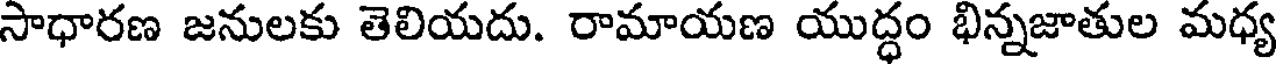
సాధారణ జనులకు తెలియదు. రామాయణ యుద్ధం భిన్నజాతుల మధ్య